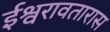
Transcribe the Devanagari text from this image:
ईश्वरावतारास